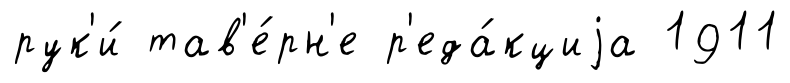
рук'и́ тав'е́рн'е р'еда́кциjа 1911